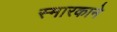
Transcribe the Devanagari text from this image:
स्मारकाने